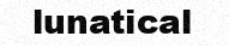
lunatical